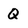
Character: Q